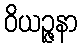
ဝိယဉ္ဇနာ